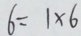
6 = 1 \times 6